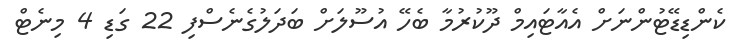
ކެންޑިޑޭޓުންނަށް އެއާޓައިމް ދޫކުރުމާ ބެހޭ އުސޫލަށް ބަދަލުގެނެސްފި 22 ގަޑި 4 މިނެޓް